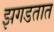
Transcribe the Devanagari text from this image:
झगडतात